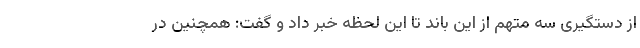
از دستگیری سه متهم از این باند تا این لحظه خبر داد و گفت: همچنین در